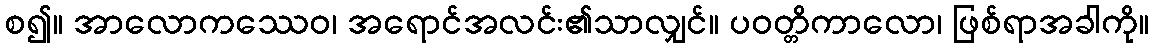
စ၍။ အာလောကဿေဝ၊ အရောင်အလင်း၏သာလျှင်။ ပဝတ္တိကာလော၊ ဖြစ်ရာအခါကို။